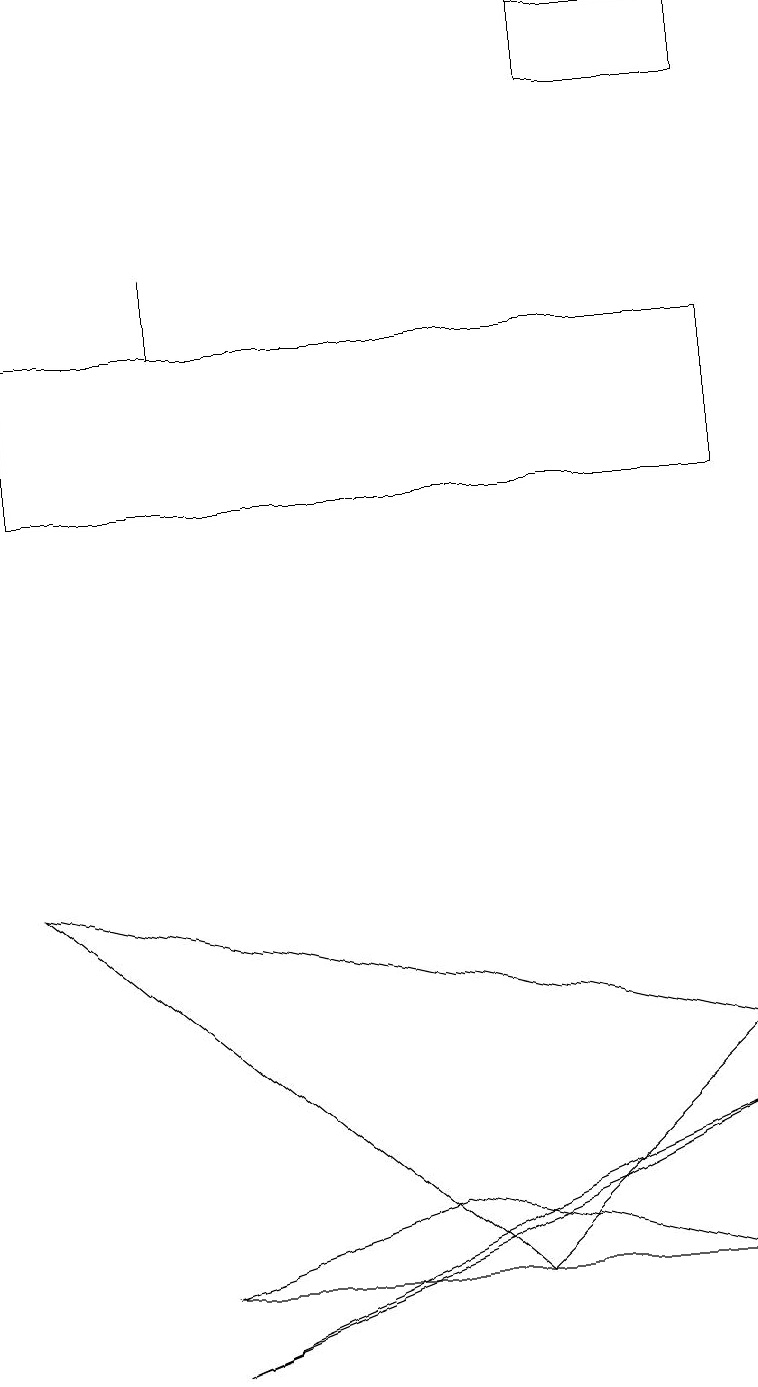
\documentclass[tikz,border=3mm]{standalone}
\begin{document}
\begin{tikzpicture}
\draw (9,6) -- (6,3) -- (0,8) -- cycle;
\draw (2,3) -- (9,3) -- (5,4) -- cycle;
\draw (2,15) rectangle (2,16);
\draw (7,4) -- (2,2) -- (9,5) -- cycle;
\draw (9,19) rectangle (7,18);
\draw (9,15) rectangle (0,13);
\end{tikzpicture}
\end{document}